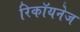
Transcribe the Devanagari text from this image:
रिकॉयनेज